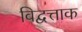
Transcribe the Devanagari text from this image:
विद्वत्ताक